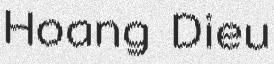
Hoang Dieu